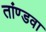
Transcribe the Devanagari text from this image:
तांण्डवा